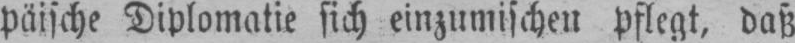
päische Diplomatie sich einzumischen pflegt, daß